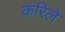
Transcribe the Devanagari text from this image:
करिले